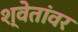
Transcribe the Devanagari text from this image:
श्वेतांवर